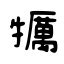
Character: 犡